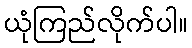
ယုံကြည်လိုက်ပါ။